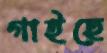
গাইছে